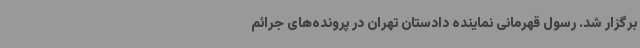
برگزار شد. رسول قهرمانی نماینده دادستان تهران در پرونده‌های جرائم